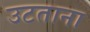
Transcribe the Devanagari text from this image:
उटताना